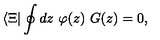
\langle \Xi | \oint d z \ \varphi ( z ) \ G ( z ) = 0 ,